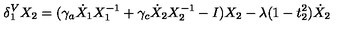
\delta _ { 1 } ^ { V } X _ { 2 } = ( \gamma _ { a } \dot { X } _ { 1 } X _ { 1 } ^ { - 1 } + \gamma _ { c } \dot { X } _ { 2 } X _ { 2 } ^ { - 1 } - I ) X _ { 2 } - \lambda ( 1 - t _ { 2 } ^ { 2 } ) \dot { X } _ { 2 }